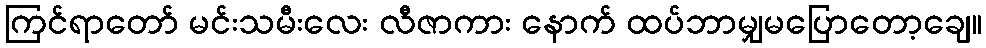
ကြင်ရာတော် မင်းသမီးလေး လီဇာကား နောက် ထပ်ဘာမျှမပြောတော့ချေ။